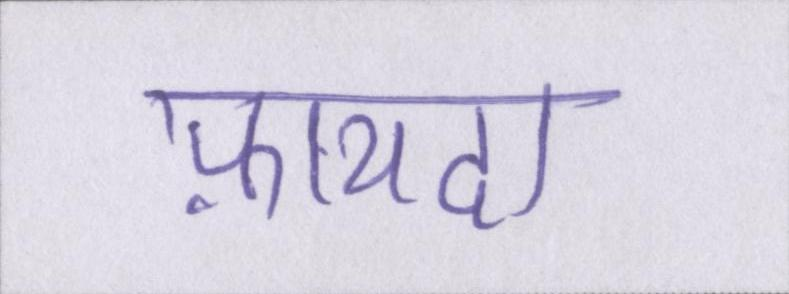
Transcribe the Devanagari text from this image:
फ़ायदा